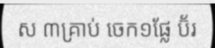
ស ៣គ្រាប់ ចេក១ផ្លែ ប៊័រ